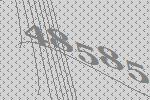
48585